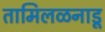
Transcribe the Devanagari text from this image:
तामिलळनाडू